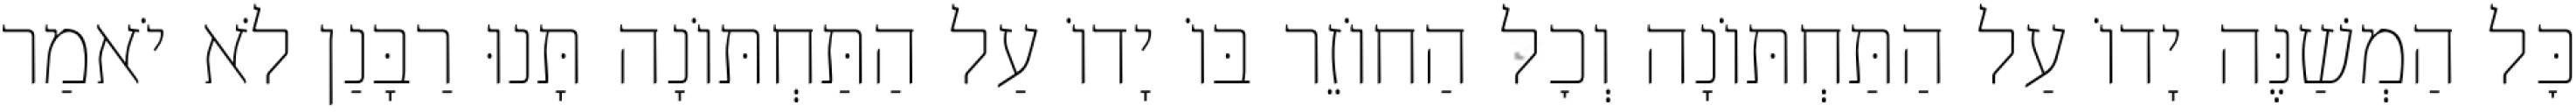
כׇּל הַמְשַׁנֶּה יָדוֹ עַל הַתַּחְתּוֹנָה וְכׇל הַחוֹזֵר בּוֹ יָדוֹ עַל הַתַּחְתּוֹנָה תָּנוּ רַבָּנַן לֹא יֹאמַר